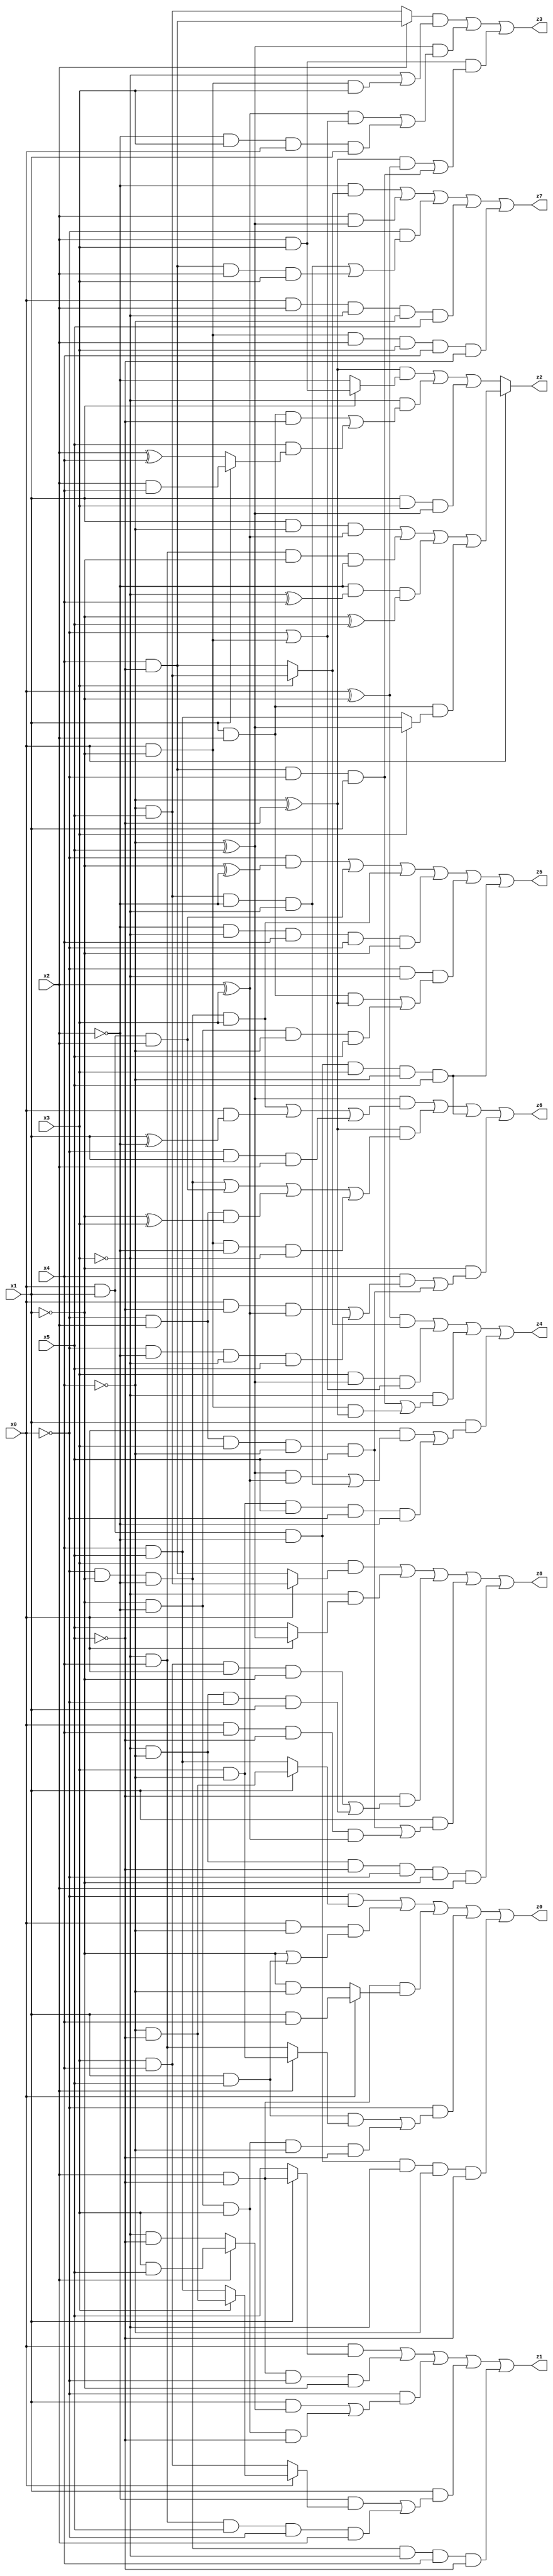
// Benchmark "X_22" written by ABC on Tue Jun 06 22:23:07 2023

module X_22 ( 
    x0, x1, x2, x3, x4, x5,
    z0, z1, z2, z3, z4, z5, z6, z7, z8  );
  input  x0, x1, x2, x3, x4, x5;
  output z0, z1, z2, z3, z4, z5, z6, z7, z8;
  assign z0 = (~x0 & (x1 ? (~x4 & ~x5) : (x4 & x5))) | (x0 & ~x4 & (~x1 | (x1 & x5))) | (x2 & ~x5 & (x0 ? (x1 & x4) : (~x1 & ~x4))) | (~x0 & ((x1 & x5 & (x2 ? (x3 & ~x4) : (~x3 & x4))) | (~x1 & ~x2 & x3 & ~x4 & ~x5))) | (x0 & x1 & ~x2 & ~x3 & ~x4 & ~x5);
  assign z1 = (x0 & (x1 ? (x2 & ~x5) : x5)) | (x2 & ~x5 & ~x0 & ~x1) | (~x0 & ((x1 & (x2 ? (x3 & x5) : (~x3 & ~x5))) | (~x1 & ~x2 & x3 & ~x5))) | (x1 & ((~x2 & (x0 ? (x3 ? (~x4 & ~x5) : (x4 & x5)) : (x3 & x4))) | (~x3 & x4 & x5 & ~x0 & x2))) | (~x0 & ~x1 & ~x2 & ~x3 & x4 & ~x5);
  assign z2 = x0 ? ((x1 & ~x4 & (x2 ^ x3)) | (~x3 & x4 & ~x1 & ~x2) | (~x2 & (~x3 ^ x4) & (~x1 ^ x5)) | (x1 & x2 & (x3 ? (~x4 ^ x5) : (x4 & x5)))) : (((~x4 ^ ~x5) & (x1 ? (x2 & x3) : ~x2)) | (~x3 & ((x1 & x2 & ~x5) | (x5 & (x1 ? (x2 & x4) : (x2 ^ x4))))) | (x1 & x3 & (~x4 ^ x5)));
  assign z3 = ((x2 ? (x4 & ~x5) : (~x4 & x5)) & (~x3 | (x0 & ~x1 & x3))) | ((~x4 ^ x5) & (((x2 ^ x3) & (~x0 | (x0 & ~x1))) | (~x2 & x3 & x0 & x1))) | (x2 & x3 & (((~x4 ^ ~x5) & (x0 ^ ~x1)) | (x4 & ~x5 & ~x0 & x1)));
  assign z4 = ((x0 ^ ~x1) & (x3 ? (~x4 & x5) : (x4 & ~x5))) | (x3 & (~x4 ^ x5) & (~x0 | (x0 & ~x1))) | (~x3 & ((x4 & ~x5 & ~x0 & x1) | (x0 & ~x1 & (~x4 ^ ~x5)))) | (x1 & ((x0 & (((~x4 ^ x5) & (x2 ^ x3)) | (~x4 & x5 & ~x2 & ~x3))) | (x3 & ~x4 & x5 & ~x0 & ~x2)));
  assign z5 = (~x0 & (~x1 ^ ~x2)) | (x0 & x1 & x2) | (~x0 & ~x1 & ~x2 & x3) | (~x2 & ~x3 & x4 & ~x0 & ~x1) | (~x0 & ~x3 & ((x1 & x2 & (~x4 ^ ~x5)) | (~x1 & ~x2 & ~x4 & x5))) | (x0 & x1 & ~x2 & x3 & ~x4 & x5);
  assign z6 = ((~x4 ^ x5) & ((~x0 & ~x1 & ~x2 & x3) | (x0 & (x1 ^ ~x2)) | (~x0 & x1 & x2))) | ((~x4 ^ ~x5) & ((~x0 & ~x1 & ~x2) | (x0 & x1 & x2) | (~x0 & x2 & (~x1 ^ x3)) | (x0 & ~x1 & ~x2 & ~x3))) | (x0 & x1 & ~x2 & x3 & ~x4 & x5) | (~x1 & ((x4 & ((x0 & ~x5 & (x2 ^ x3)) | (~x0 & ~x2 & ~x3 & x5))) | (~x0 & x2 & x3 & ~x4 & x5)));
  assign z7 = (~x2 & (x3 ? (~x4 & x5) : (x4 & ~x5))) | (x2 & (~x4 ^ x5)) | (~x0 & ((~x4 & x5 & ~x2 & ~x3) | (x4 & ~x5 & x2 & x3))) | (x0 & x2 & ~x3 & ~x4 & x5) | (x0 & ~x1 & x2 & x3 & x4 & ~x5);
  assign z8 = (x3 & (x0 ? (~x4 & x5) : (x4 & ~x5))) | (~x3 & (x0 ? (~x4 ^ x5) : x5)) | (~x5 & ((x3 & x4 & x0 & ~x1) | (~x3 & ~x4 & ~x0 & x1))) | (x1 & ((~x0 & x2 & x3 & ~x4 & x5) | (x0 & x4 & ~x5 & (x2 ^ x3)))) | (~x3 & ~x4 & ~x5 & ~x0 & ~x1 & x2);
endmodule